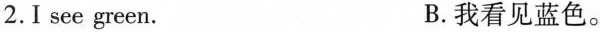
2. I see green. B.我看见蓝色。